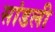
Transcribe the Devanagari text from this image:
सांडली